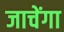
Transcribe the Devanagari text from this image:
जाचेंगा